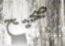
صحيح